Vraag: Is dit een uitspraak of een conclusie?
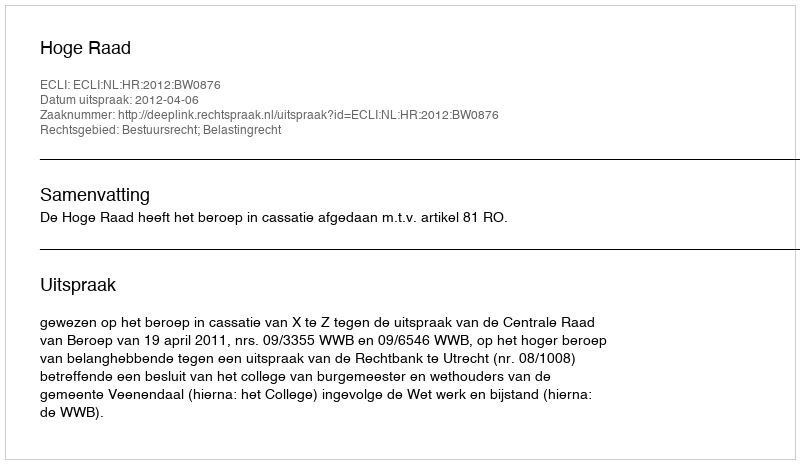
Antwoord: Uitspraak